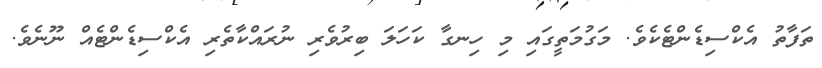
ތަފާތު އެކްސިޑެންޓެކެވެ. މަގުމަތީގައި މި ހިނގާ ކަހަލަ ބިރުވެރި ނުރައްކާތެރި އެކްސިޑެންޓެއް ނޫނެވެ.